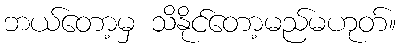
ဘယ်တော့မှ သိနိုင်တော့မည်မဟုတ်။